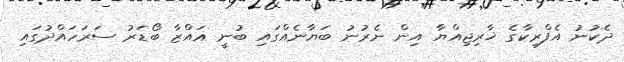
ދެކުނު އެފްރިކާގެ ޚާރިޖިއްޔާ އިން ނެރުނު ބަޔާނެއްގައި ބުނީ ޣައްޒާ ބޯޑަރު ސަރަހައްދުގައި